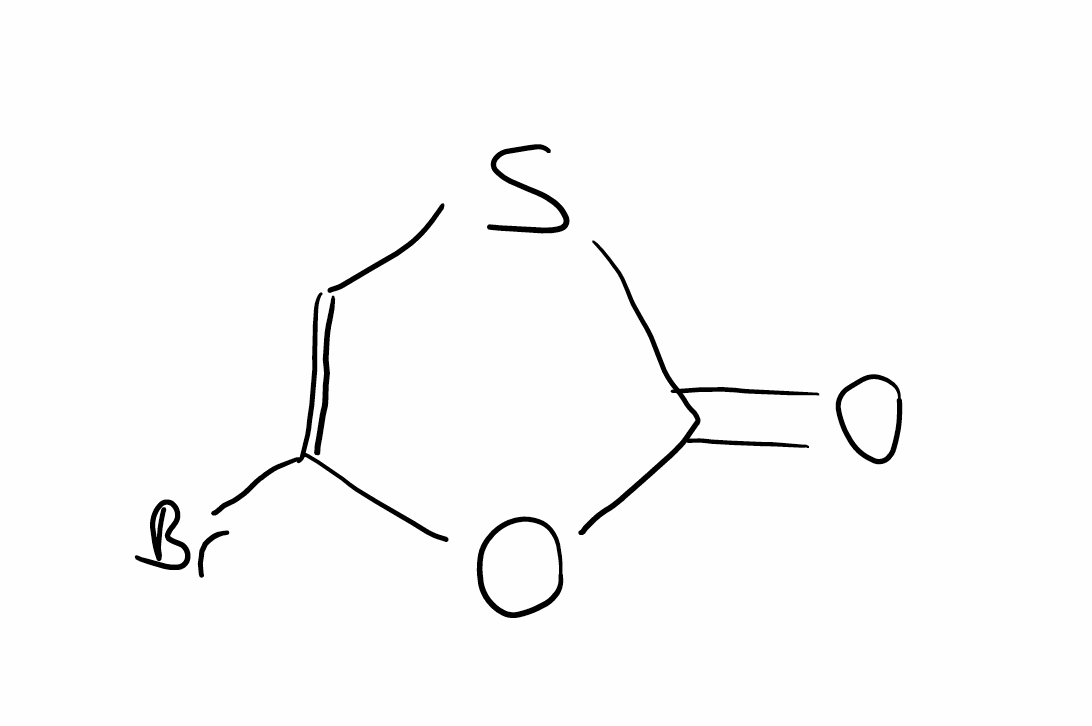
Simplified molecular-input line-entry system (SMILES) notation of the given molecule:
C1=C(OC(=O)S1)Br